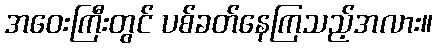
အဝေးကြီးတွင် ပစ်ခတ်နေကြသည့်အလား။